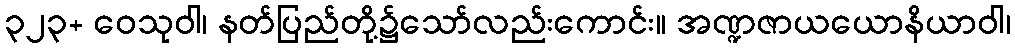
၃၂၃+ ဝေသုဝါ၊ နတ်ပြည်တို့၌သော်လည်းကောင်း။ အဏ္ဍဇာယယောနိယာဝါ၊